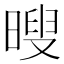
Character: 𮲦